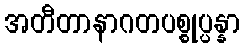
အတီတာနာဂတပစ္စုပ္ပန္နာ